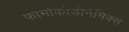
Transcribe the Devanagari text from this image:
फार्माकोडीनेमिक्स